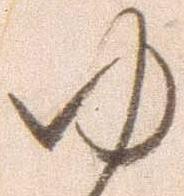
ゆ